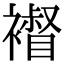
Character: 𧝴